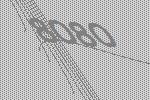
8080